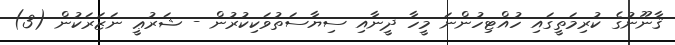
ޤާނޫނުގެ ކުރިމަތީގައި ހުއްޓިހުންނަ މީހާ ދީނާއި ސިޔާސަތުވަކިކުރުން - ޝަރުޢީ ނަޒަރަކުން (3)